Senior Leaving Certificate Examination (including Day School Certificate (Higher) General paper), 1947
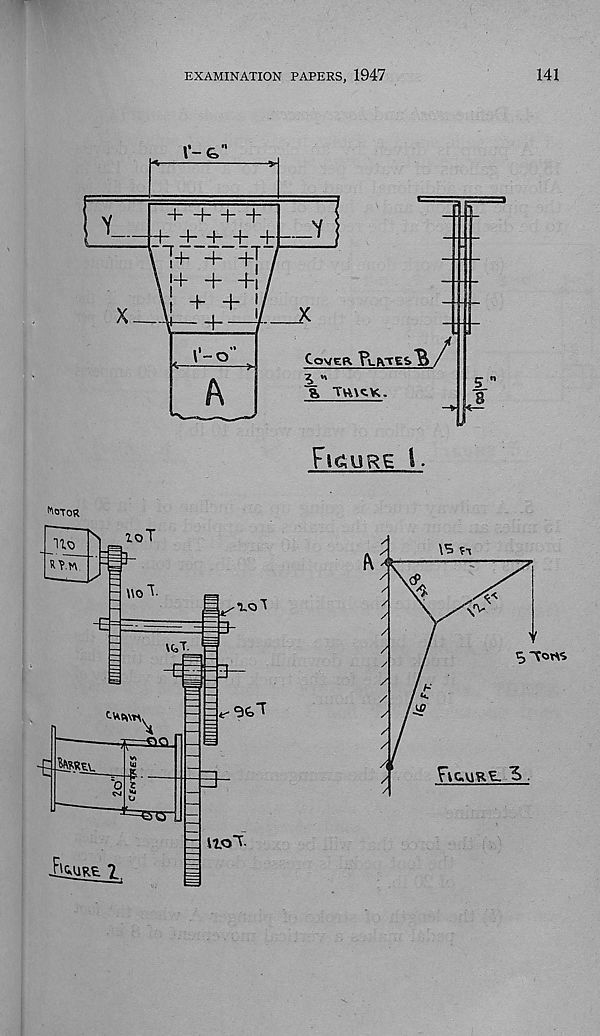
EXAMINATION PAPERS, 1947
141
Fic.vike. IS.